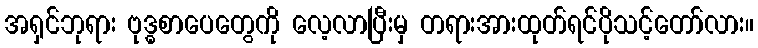
အရှင်ဘုရား ဗုဒ္ဓစာပေတွေကို လေ့လာပြီးမှ တရားအားထုတ်ရင်ပိုသင့်တော်လား။